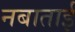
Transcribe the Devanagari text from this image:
नबाताई